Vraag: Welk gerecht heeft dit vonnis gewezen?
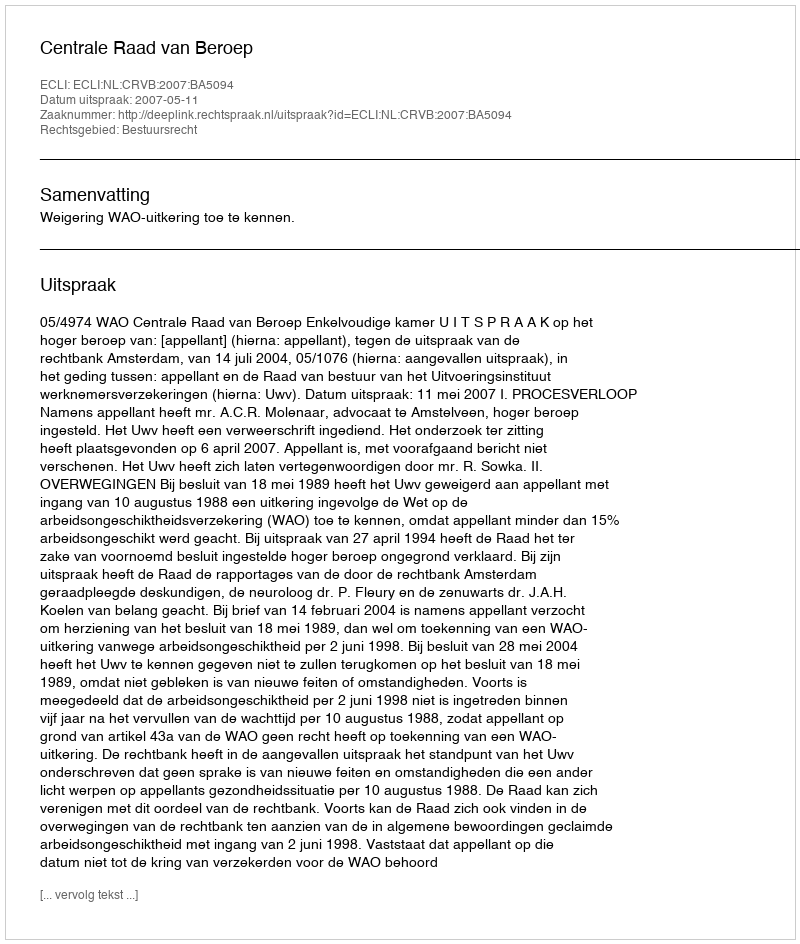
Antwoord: Centrale Raad van Beroep